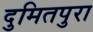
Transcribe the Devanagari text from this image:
दुमितपुरा